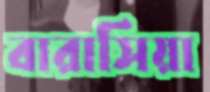
বারাসিয়া